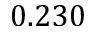
0 . 2 3 0